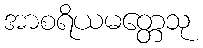
အာစရိယမတ္တေသု